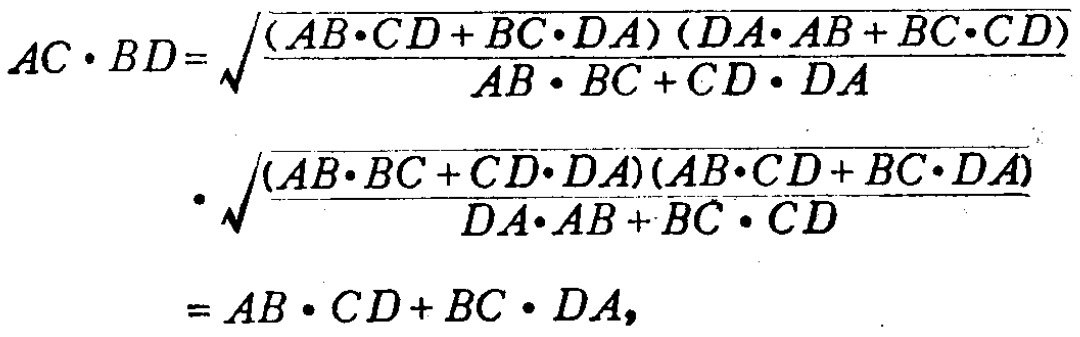
\[
\begin{align*}
AC\cdot BD&=\sqrt{\frac{(AB\cdot CD + BC\cdot DA)(DA\cdot AB + BC\cdot CD)}{AB\cdot BC + CD\cdot DA}}\\
&\cdot\sqrt{\frac{(AB\cdot BC + CD\cdot DA)(AB\cdot CD + BC\cdot DA)}{DA\cdot AB + BC\cdot CD}}\\
&=AB\cdot CD + BC\cdot DA,
\end{align*}
\]